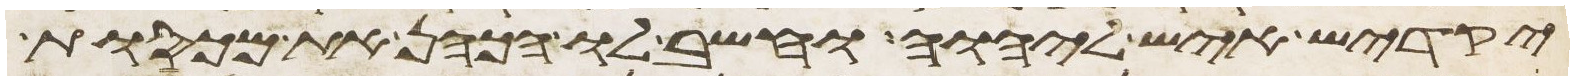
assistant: יקדיש איש ליהוה וחשב לו הכהן את מכסות